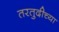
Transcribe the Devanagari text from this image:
तरतुदीच्या